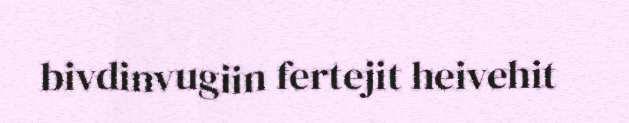
bivdinvugiin fertejit heivehit